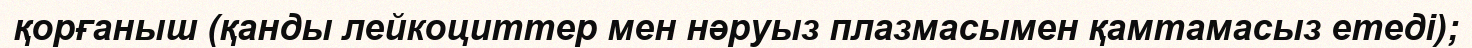
қорғаныш (қанды лейкоциттер мен нәруыз плазмасымен қамтамасыз етеді);